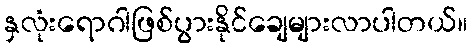
နှလုံးရောဂါဖြစ်ပွားနိုင်ချေများလာပါတယ်။